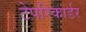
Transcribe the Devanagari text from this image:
टेपरिकार्डर